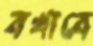
বখাবে